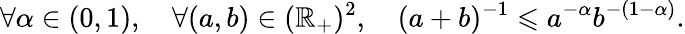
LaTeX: \forall\alpha\in(0,1),\quad\forall(a,b)\in(\mathbb{R}_{+})^{2},\quad(a+b)^{-1}\leqslant a^{-\alpha}b^{-(1-\alpha)}.